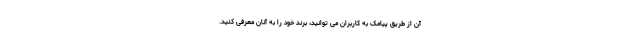
آن از طریق پیامک به کاربران می توانید، برند خود را به آنان معرفی کنید.